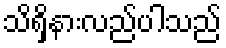
သိရှိနားလည်ပါသည်